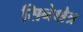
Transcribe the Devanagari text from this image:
सिनेक्षेत्र